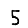
Digit: 5